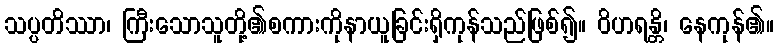
သပ္ပတိဿာ၊ ကြီးသောသူတို့၏စကားကိုနာယူခြင်းရှိကုန်သည်ဖြစ်၍။ ဝိဟရန္တိ၊ နေကုန်၏။